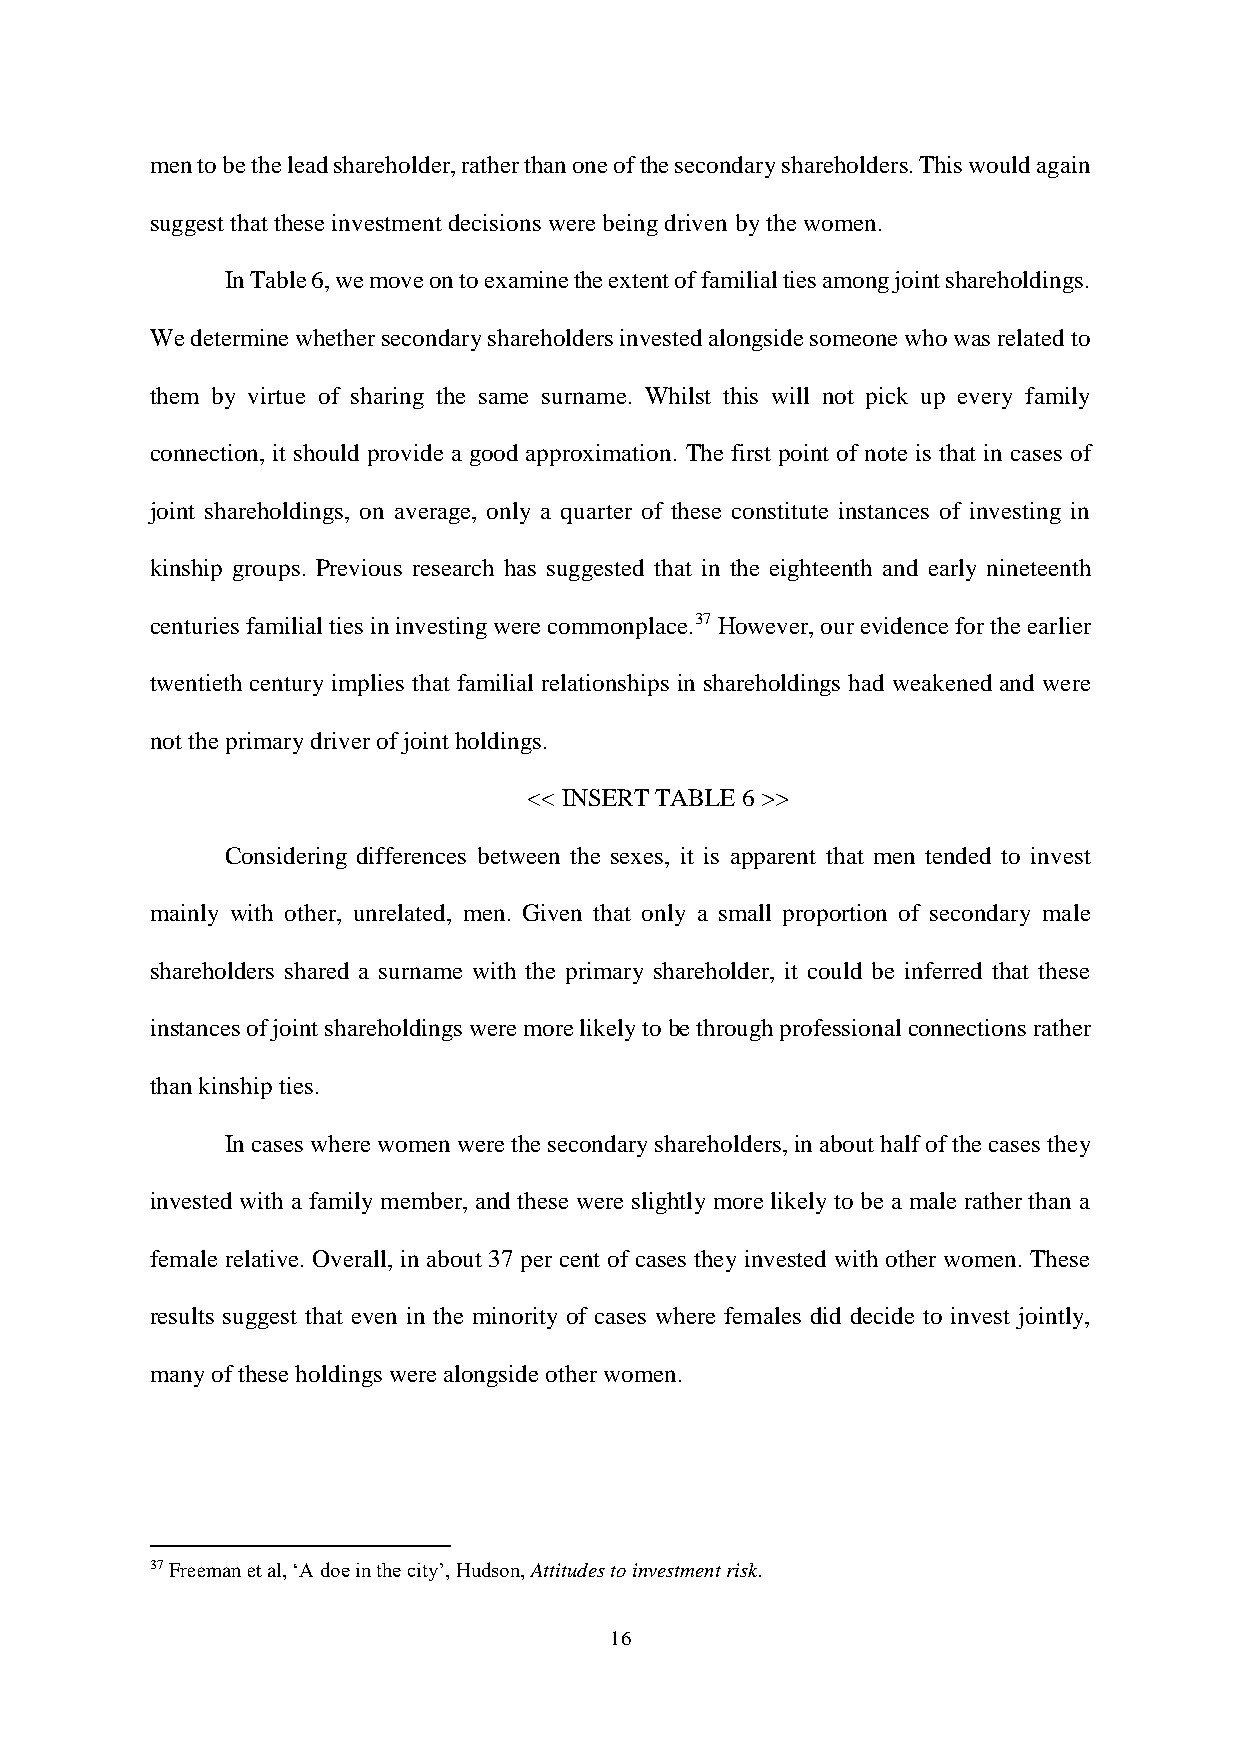
men to be the lead shareholder, rather than one of the secondary shareholders. This would again
 suggest that these investment decisions were being driven by the women.
 In Table 6, we move on to examine the extent of familial ties among joint shareholdings.
 We determine whether secondary shareholders invested alongside someone who was related to
 them by virtue of sharing the same surname. Whilst this will not pick up every family
 connection, it should provide a good approximation. The first point of note is that in cases of
 joint shareholdings, on average, only a quarter of these constitute instances of investing in
 kinship groups. Previous research has suggested that in the eighteenth and early nineteenth
 centuries familial ties in investing were commonplace.37 However, our evidence for the earlier
 twentieth century implies that familial relationships in shareholdings had weakened and were
 not the primary driver of joint holdings.
 << INSERT TABLE 6 >>
 Considering differences between the sexes, it is apparent that men tended to invest
 mainly with other, unrelated, men. Given that only a small proportion of secondary male
 shareholders shared a surname with the primary shareholder, it could be inferred that these
 instances of joint shareholdings were more likely to be through professional connections rather
 than kinship ties.
 In cases where women were the secondary shareholders, in about half of the cases they
 invested with a family member, and these were slightly more likely to be a male rather than a
 female relative. Overall, in about 37 per cent of cases they invested with other women. These
 results suggest that even in the minority of cases where females did decide to invest jointly,
 many of these holdings were alongside other women.
 37 Freeman et al, ‘A doe in the city’, Hudson, Attitudes to investment risk.
 16